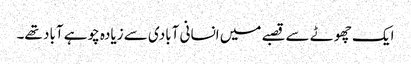
ایک چھوٹے سے قصبے میں انسانی آبادی سے زیادہ چوہے آباد تھے۔